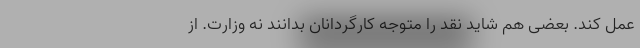
عمل کند. بعضی هم شاید نقد را متوجه کارگردانان بدانند نه وزارت. از